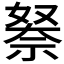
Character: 𮂃